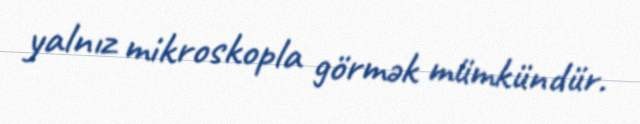
yalnız mikroskopla görmək mümkündür.